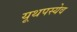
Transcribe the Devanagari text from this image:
यूथपस्येव